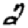
Digit: 2